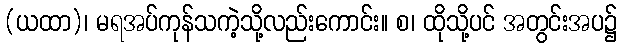
(ယထာ)၊ မရအပ်ကုန်သကဲ့သို့လည်းကောင်း။ စ၊ ထိုသို့ပင် အတွင်းအပ၌